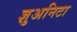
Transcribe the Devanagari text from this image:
ज्ञुअनिटा